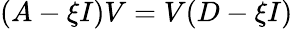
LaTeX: (A-\xi I)V=V(D-\xi I)